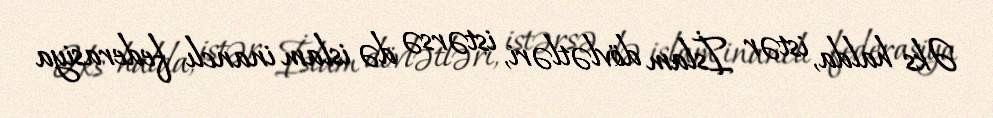
Əks halda, istər İslam dövlətləri, istərsə də islam inanclı federasiya